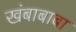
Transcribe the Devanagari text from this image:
खंबाबाबा